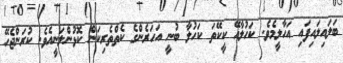
ބަލައިލައިފައި އަހާލީމެވެ. ކަހުލާއޭ ކީކޭތަ ކަހުލާ ބުނީ އަހަރެންގެ ކެތްތެރިކަން ކޮޅުންލަނީއެވެ. ކުރަންޖެހޭ